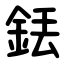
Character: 銩